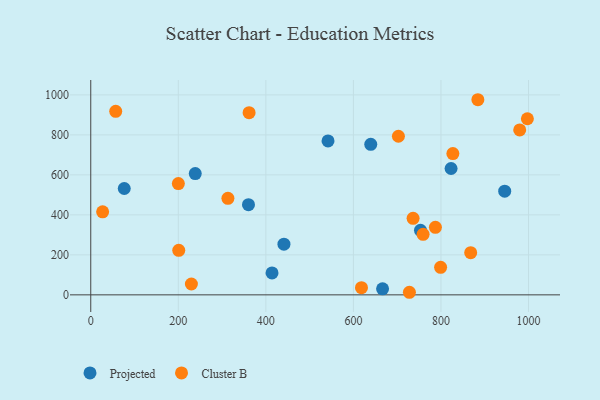
{"axis": {"x": "Engine Size", "y": "Yield"}, "legend": ["Cluster B", "Projected"], "data": [{"x": "414.1", "y": 109.8, "type": "Projected"}, {"x": "666.6", "y": 30.4, "type": "Projected"}, {"x": "945.6", "y": 518.3, "type": "Projected"}, {"x": "76.5", "y": 531.8, "type": "Projected"}, {"x": "823.1", "y": 631.9, "type": "Projected"}, {"x": "441.3", "y": 253.6, "type": "Projected"}, {"x": "360.3", "y": 450.9, "type": "Projected"}, {"x": "753.2", "y": 322.5, "type": "Projected"}, {"x": "238.7", "y": 606.7, "type": "Projected"}, {"x": "542.0", "y": 769.6, "type": "Projected"}, {"x": "639.6", "y": 752.8, "type": "Projected"}, {"x": "997.4", "y": 880.7, "type": "Cluster B"}, {"x": "361.7", "y": 911.0, "type": "Cluster B"}, {"x": "201.0", "y": 222.8, "type": "Cluster B"}, {"x": "799.2", "y": 137.6, "type": "Cluster B"}, {"x": "702.8", "y": 793.2, "type": "Cluster B"}, {"x": "727.9", "y": 12.9, "type": "Cluster B"}, {"x": "313.3", "y": 482.9, "type": "Cluster B"}, {"x": "736.3", "y": 382.7, "type": "Cluster B"}, {"x": "979.9", "y": 824.9, "type": "Cluster B"}, {"x": "229.9", "y": 54.4, "type": "Cluster B"}, {"x": "759.2", "y": 302.8, "type": "Cluster B"}, {"x": "618.4", "y": 35.7, "type": "Cluster B"}, {"x": "867.9", "y": 210.9, "type": "Cluster B"}, {"x": "57.0", "y": 917.9, "type": "Cluster B"}, {"x": "787.3", "y": 337.5, "type": "Cluster B"}, {"x": "884.3", "y": 975.8, "type": "Cluster B"}, {"x": "27.1", "y": 415.3, "type": "Cluster B"}, {"x": "827.2", "y": 706.3, "type": "Cluster B"}, {"x": "200.1", "y": 556.4, "type": "Cluster B"}]}